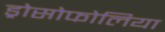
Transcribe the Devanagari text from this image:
ड्रोसोफोलिया